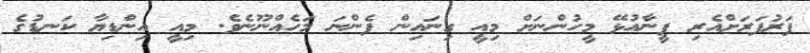
ފަރުފަރަށްއެރި ފީނާއުޅޭ މީހުންނަށް މިއީ ގިނައިން ފެންނަ މަހެއްނޫނެވެ. މިއީ އިންޑިޔާ ކަނޑުގެ